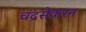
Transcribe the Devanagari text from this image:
चंद्रसेकरन